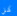
كل